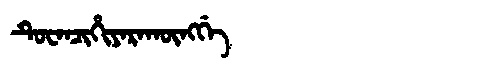
Manchu: ᡨᡠᠸᠠᠨᠴᡳᡥᡳᠶᠠᡵᠠᡴᡡᠩᡤᡝ
Romanization: TUWANCIHIYARAKŪNGGE